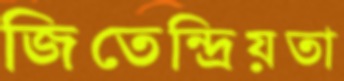
জিতেন্দ্রিয়তা